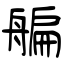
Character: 艑